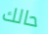
حالك